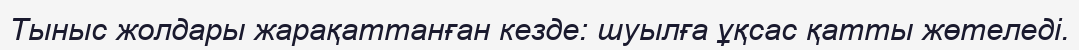
Тыныс жолдары жарақаттанған кезде: шуылға ұқсас қатты жөтеледі.